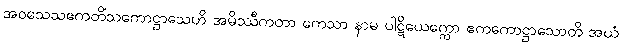
အဝသေသဧကတိံသကောဋ္ဌာသေဟိ အမိဿီကတာ ကေသာ နာမ ပါဋိယေက္ကော ဧကကောဋ္ဌာသောတိ အယံ